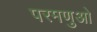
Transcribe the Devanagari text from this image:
परमणुओ